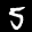
Label: 5